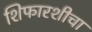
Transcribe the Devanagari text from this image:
शिफारशीचा